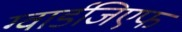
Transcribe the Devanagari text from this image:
ग्वार्डजिएफ